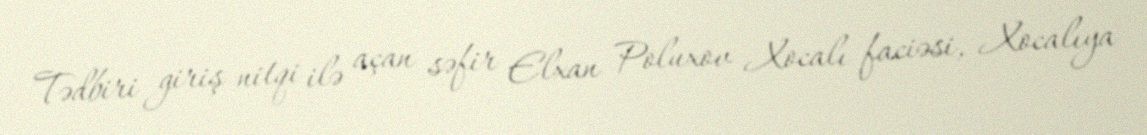
Tədbiri giriş nitqi ilə açan səfir Elxan Poluxov Xocalı faciəsi, Xocalıya